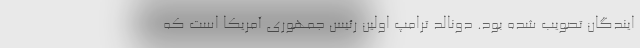
ایندگان تصویب شده بود. دونالد ترامپ اولین رئیس جمهوری آمریکا است که